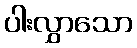
ပါးလွှာသော